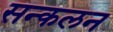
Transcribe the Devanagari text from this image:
सन्कलन